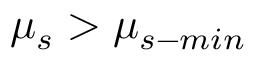
\mu _ { s } > \mu _ { s - m i n }